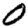
Digit: 0